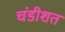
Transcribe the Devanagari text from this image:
चंडीशत